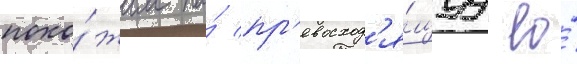
похо́жим на́ пр'евосход'я́щуу ео́